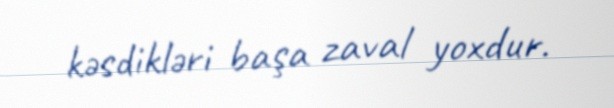
kəsdikləri başa zaval yoxdur.